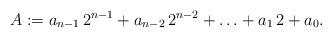
LaTeX: \begin{align*}A:= a_{n-1} \, 2^{n-1} + a_{n-2} \, 2^{n-2} + \ldots + a_1 \, 2 + a_0.\end{align*}